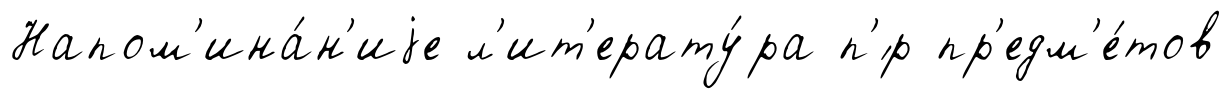
Напом'ина́н'иjе л'ит'ерату́ра п'́р пр'едм'е́тов